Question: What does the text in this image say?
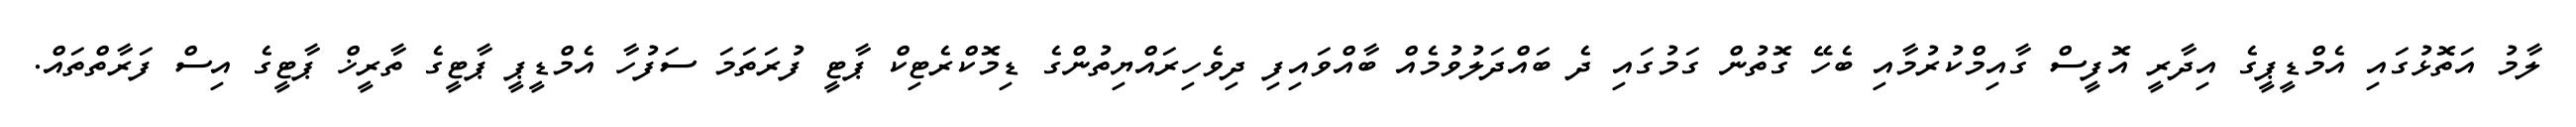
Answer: ލާމު އަތޮޅުގައި އެމްޑީޕީގެ އިދާރީ އޮފީސް ގާއިމްކުރުމާއި ބެހޭ ގޮތުން ގަމުގައި ދެ ބައްދަލުވުމެއް ބާއްވައިފި ދިވެހިރައްޔިތުންގެ ޑިމޮކްރެޓިކް ޕާޓީ ފުރަތަމަ ސަފުހާ އެމްޑީޕީ ޕާޓީގެ ތާރީޚް ޕާޓީގެ އިސް ފަރާތްތައް.